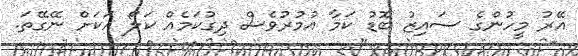
އޭރު މީހުންގެ ސައިޒު ބޮޑު ކަމާ އުމުރުވެސް ދިގުކަމެއް ކަލޯ އަކަށް ނޭގޭތަ.